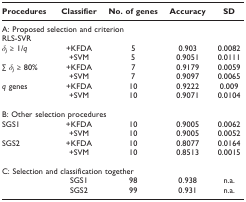
<table><thead><tr><td><b>Procedures</b></td><td><b>Classifier</b></td><td><b>No. of genes</b></td><td><b>Accuracy</b></td><td><b>SD</b></td></tr></thead><tbody><tr><td colspan="5">A: Proposed selection and criterion</td></tr><tr><td>RLS-SVR</td><td></td><td></td><td></td><td></td></tr><tr><td><i>δ</i><sub><i>j </i></sub>≥ 1/<i>q</i></td><td>+KFDA</td><td>5</td><td>0.903</td><td>0.0082</td></tr><tr><td></td><td>+SVM</td><td>5</td><td>0.9051</td><td>0.0111</td></tr><tr><td>∑ <i>δ</i><sub><i>j </i></sub>≥ 80%</td><td>+KFDA</td><td>7</td><td>0.9179</td><td>0.0059</td></tr><tr><td></td><td>+SVM</td><td>7</td><td>0.9097</td><td>0.0065</td></tr><tr><td><i>q </i>genes</td><td>+KFDA</td><td>10</td><td>0.9222</td><td>0.009</td></tr><tr><td></td><td>+SVM</td><td>10</td><td>0.9071</td><td>0.0104</td></tr><tr><td colspan="5">B: Other selection procedures</td></tr><tr><td>SGS1</td><td>+KFDA</td><td>10</td><td>0.9005</td><td>0.0062</td></tr><tr><td></td><td>+SVM</td><td>10</td><td>0.9005</td><td>0.0052</td></tr><tr><td>SGS2</td><td>+KFDA</td><td>10</td><td>0.8077</td><td>0.0164</td></tr><tr><td></td><td>+SVM</td><td>10</td><td>0.8513</td><td>0.0015</td></tr><tr><td colspan="5">C: Selection and classification together</td></tr><tr><td></td><td>SGS1</td><td>98</td><td>0.938</td><td>n.a.</td></tr><tr><td></td><td>SGS2</td><td>99</td><td>0.931</td><td>n.a.</td></tr></tbody></table>